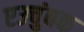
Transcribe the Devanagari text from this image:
एउचुंबक